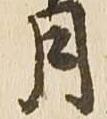
月